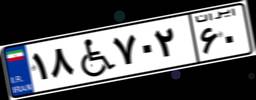
۱۱W۵۹۸۸۲